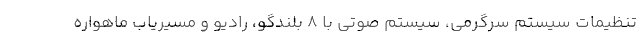
تنظیمات سیستم سرگرمی، سیستم صوتی با 8 بلندگو، رادیو و مسیریاب ماهواره